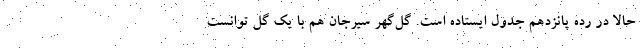
حالا در رده پانزدهم جدول ایستاده است. گل‌گهر سیرجان هم با یک گل توانست